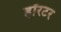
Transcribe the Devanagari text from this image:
हॉरटर